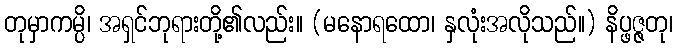
တုမှာကမ္ပိ၊ အရှင်ဘုရားတို့၏လည်း။ (မနောရထော၊ နှလုံးအလိုသည်။) နိပ္ဖဇ္ဇတု၊